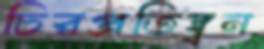
চিরপ্রতিদ্ব্বন